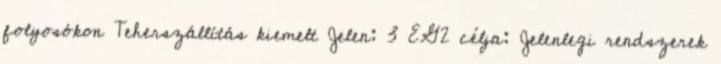
folyosókon Teherszállítás kiemelt Jelen: 3 EG2 célja: Jelenlegi rendszerek